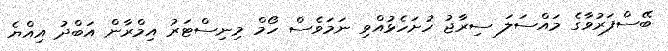
ބޭސްފަރުވާގެ މައްސަލަ ސިރާޖު ހުށަހެޅުއްވި ނަމަވެސް ހޯމް މިނިސްޓަރު އިމްރާން އަބްދު އިއްޔެ